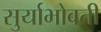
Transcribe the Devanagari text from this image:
सुर्याभोवती